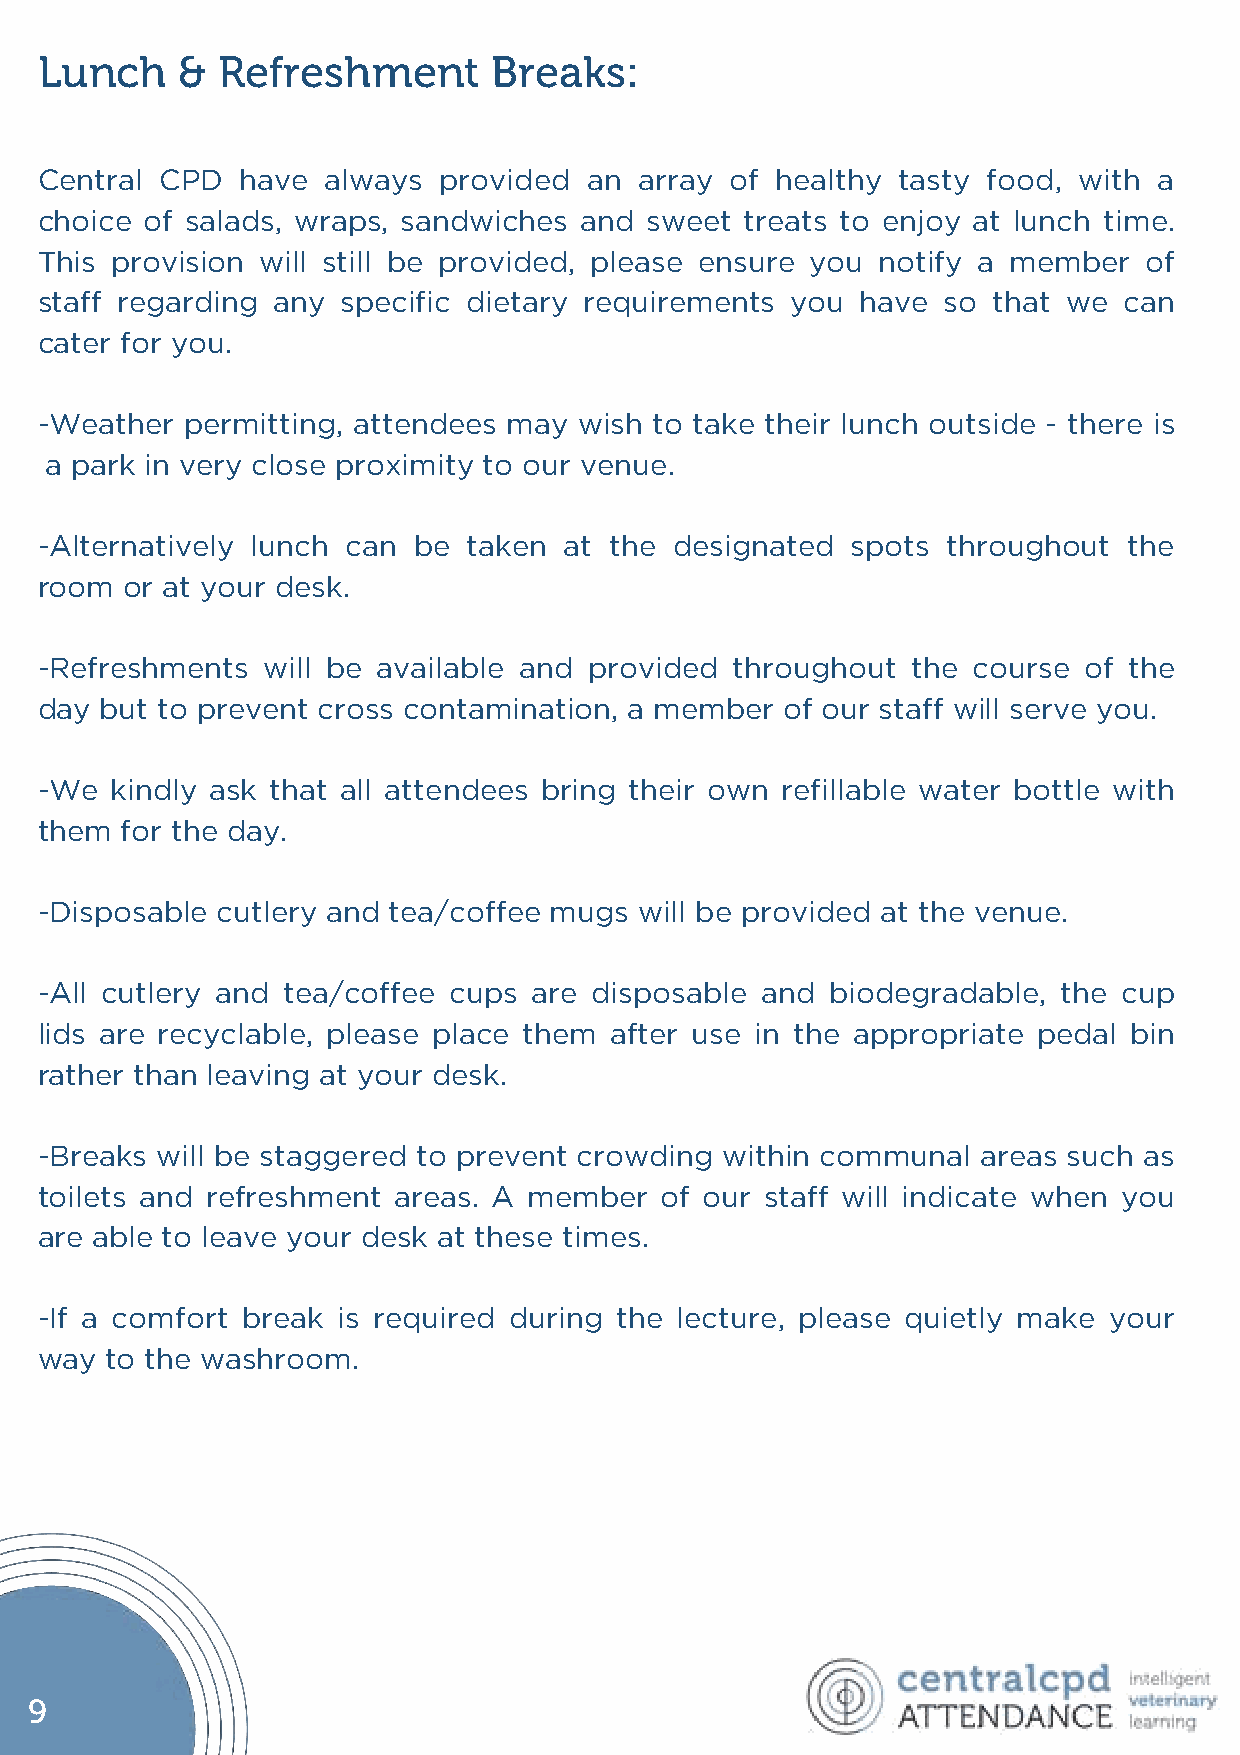
Lunch     & Refreshment        Breaks:
 Central  CPD  have  always provided  an array of healthy tasty food, with  a
 choice  of salads, wraps, sandwiches and sweet treats to enjoy at lunch time.
 This provision will still be provided, please ensure you notify a member  of
 staff regarding any  specific dietary requirements you have so  that we can
 cater for you.
 -Weather  permitting, attendees may wish to take their lunch outside - there is
 a park in very close proximity to our venue.
 -Alternatively lunch can be  taken at the  designated spots  throughout  the
 room  or at your desk.
 -Refreshments  will be available and provided  throughout the course  of the
 day  but to prevent cross contamination, a member of our staff will serve you.
 -We  kindly ask that all attendees bring their own refillable water bottle with
 them  for the day.
 -Disposable cutlery and tea/coffee mugs will be provided at the venue.
 -All cutlery and tea/coffee cups are disposable and  biodegradable, the cup
 lids are recyclable, please place them after use in the appropriate pedal bin
 rather than leaving at your desk.
 -Breaks will be staggered to prevent crowding within communal  areas such as
 toilets and refreshment areas. A member   of our staff will indicate when you
 are able to leave your desk at these times.
 -If a comfort break is required during the lecture, please quietly make your
 way  to the washroom.
 9